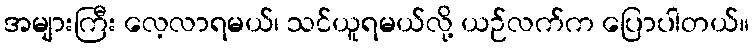
အများကြီး လေ့လာရမယ်၊ သင်ယူရမယ်လို့ ယဉ်လက်က ပြောပါတယ်။